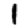
Digit: 1